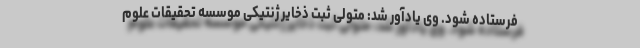
فرستاده شود. وی یادآور شد: متولی ثبت ذخایر ژنتیکی موسسه تحقیقات علوم